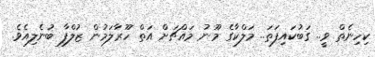
ކިހިނެތް ވީ.. ގަބުކައިފަތަ.. މަލްކާގެ މޫނު މައްޗަށް އަތް ހޫރާލަމުން ޒުލްފާ ބުނެލިއެވެ.